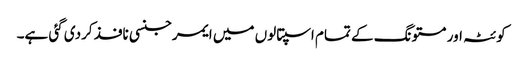
کوئٹہ اور مستونگ کے تمام اسپتالوں میں ایمرجنسی نافذ کردی گئی ہے۔